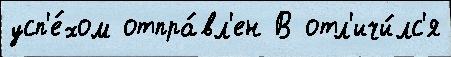
усп'е́хом отпра́вл'ен В отл'ичи́лс'я